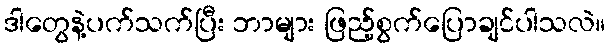
ဒါတွေနဲ့ပက်သက်ပြီး ဘာများ ဖြည့်စွက်ပြောချင်ပါသလဲ။